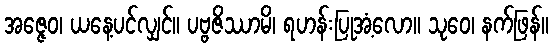
အဇ္ဇေဝ၊ ယနေ့ပင်လျှင်။ ပဗ္ဗဇိဿာမိ၊ ရဟန်းပြုအံ့လော။ သုဝေ၊ နက်ဖြန်။